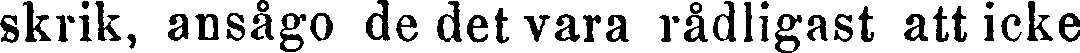
skrik, ansågo de det vara rådligast att icke